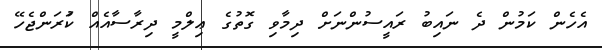
އެހެން ކަމުން ދެ ނައިބު ރައީސުންނަށް ދިމާވި ގޮތުގެ ޢިލްމީ ދިރާސާއެއް ކުަރަންޖެހޭ